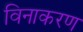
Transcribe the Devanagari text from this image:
विनाकरण